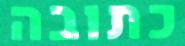
כתובה